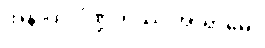
အနာထ ပိဏ္ဍိကဿ အာရာမေ။